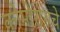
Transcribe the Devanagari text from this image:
कोमोरोसचे